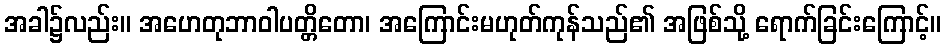
အခါ၌လည်း။ အဟေတုဘာဝါပတ္တိတော၊ အကြောင်းမဟုတ်ကုန်သည်၏ အဖြစ်သို့ ရောက်ခြင်းကြောင့်။